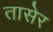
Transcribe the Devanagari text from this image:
तासेर